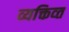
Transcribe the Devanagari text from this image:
व्यक्तिव्त